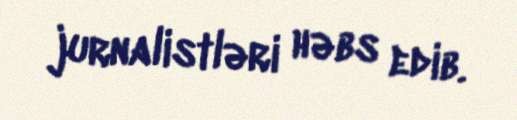
jurnalistləri həbs edib.